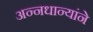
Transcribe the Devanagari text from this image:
अन्नधान्यांने